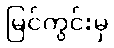
မြင်ကွင်းမှ